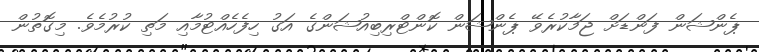
ޕެންޝަން ފަންޑަށް ޖަމާކުރެވޭ ޕެންޝަން ކޮންޓްރިބިއުޝަންގެ އަގު ހިފެހެއްޓުމާއި މަތި ކުރުމެވެ. މިގޮތުން